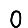
Digit: 0